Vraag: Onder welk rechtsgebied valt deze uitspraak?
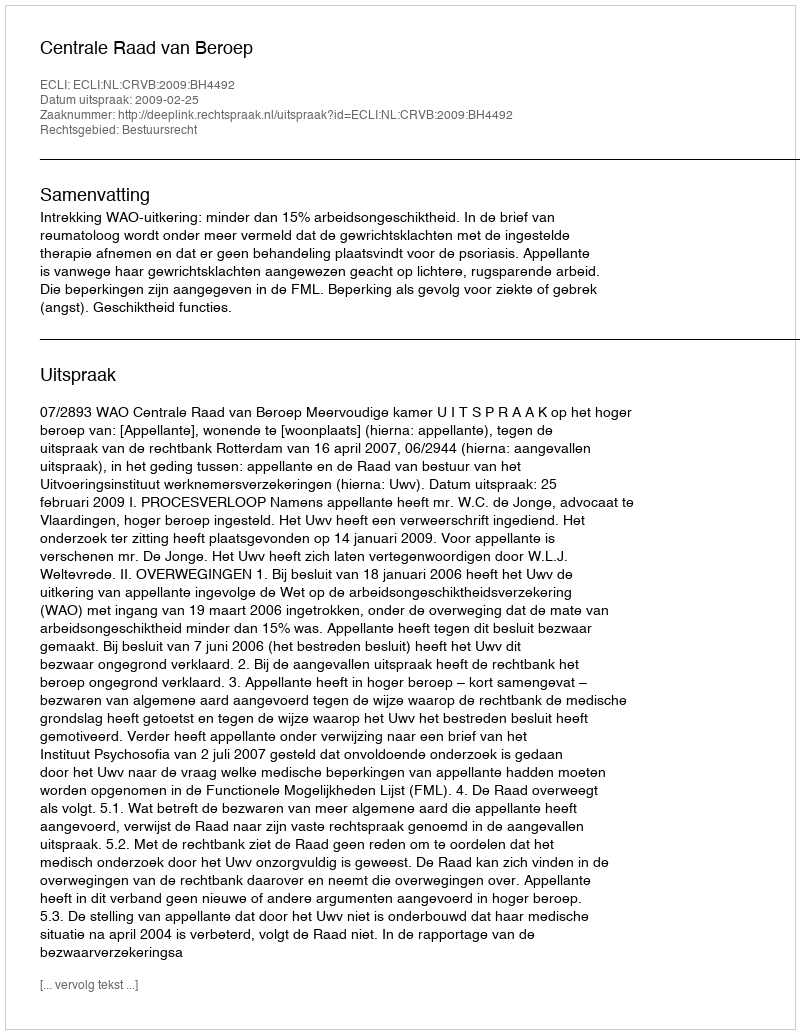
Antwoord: Bestuursrecht